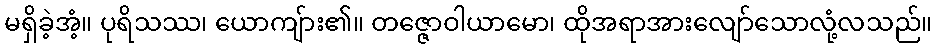
မရှိခဲ့အံ့။ ပုရိသဿ၊ ယောကျ်ား၏။ တဇ္ဇောဝါယာမော၊ ထိုအရာအားလျော်သောလုံ့လသည်။